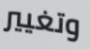
وتغيير